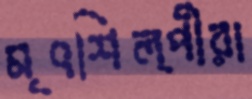
মৃৎশিল্পীরা